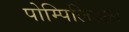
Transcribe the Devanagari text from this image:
पोम्पिलिअस